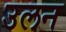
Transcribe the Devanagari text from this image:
उलन